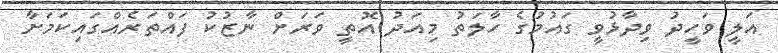
އަލީ ވަހީދު ވިދާޅުވީ ގައުމުގެ ހާލަތު މިއަދު އޮތީ ވަރަށް ނާޒުކު ފައްތަރެއްގައިކަމަށާ